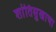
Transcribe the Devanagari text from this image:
शांतिसुखाचा